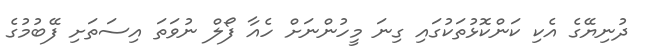
ދުނިޔޭގެ އެކި ކަންކޮޅުތަކުގައި ގިނަ މީހުންނަށް ހެއާ ފޯލް ނުވަތަ އިސަތަށި ފޭބުމުގެ